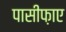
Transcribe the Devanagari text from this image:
पासीफ़ाए